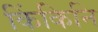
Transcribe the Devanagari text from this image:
किंकिनि